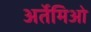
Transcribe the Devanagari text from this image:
अर्तेमिओ